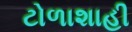
ટોળાશાહી